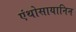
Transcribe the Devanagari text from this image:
एंथोसायानिन